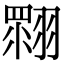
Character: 𦑲